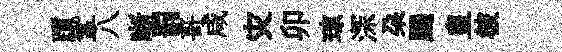
躓鞏八晰罰哥咸灾卯琼深朶颺皇彼